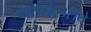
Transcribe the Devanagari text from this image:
पासहोल्डर्सचे